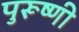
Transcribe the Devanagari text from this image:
पुरूष्णी